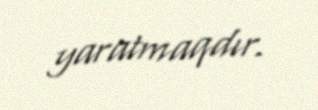
yaratmaqdır.